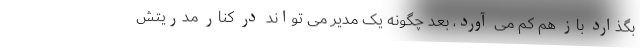
بگذارد باز هم کم می آورد، بعد چگونه یک مدیر می تواند در کنار مدریتش